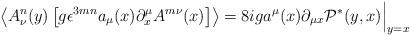
LaTeX: \begin{align*}\left\langle A^n_\nu (y) \left[ g \epsilon^{3mn} a_\mu (x) \partial^\mu_x A^{m\nu} (x) \right] \right\rangle = 8 i g a^\mu (x) \partial_{\mu x} \mathcal P^* (y,x) \Bigr |_{y=x} \end{align*}